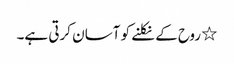
٭ روح کے نکلنے کو آسان کرتی ہے۔